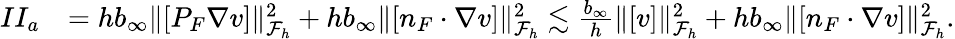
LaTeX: \begin{array}{rl}{II_{a}}&{=hb_{\infty}\| [P_{F}\nabla v]\| _{\mathcal{F}_{h}}^{2}+hb_{\infty}\| [n_{F}\cdot\nabla v]\| _{\mathcal{F}_{h}}^{2}\lesssim\frac{b_{\infty}}{h}\| [v]\| _{\mathcal{F}_{h}}^{2}+hb_{\infty}\| [n_{F}\cdot\nabla v]\| _{\mathcal{F}_{h}}^{2}.}\end{array}